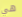
هي